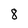
Character: 8